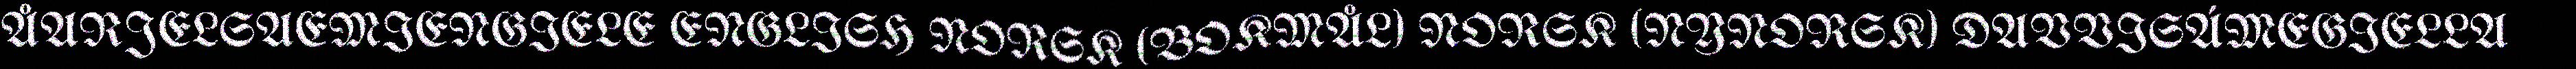
ÅARJELSAEMIENGIELE ENGLISH NORSK (BOKMÅL) NORSK (NYNORSK) DAVVISÁMEGIELLA